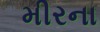
મીરના